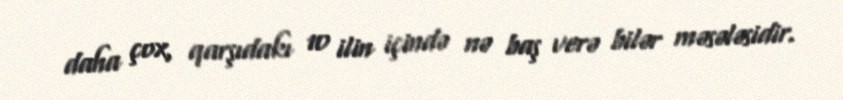
daha çox, qarşıdakı 10 ilin içində nə baş verə bilər məsələsidir.